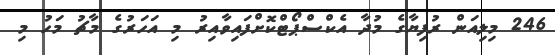
246 މިލިއަން ރުފިޔާގެ މުދާ އެކްސްޕޯޓްކޮށްފައިވާއިރު މި އަހަރުގެ މާޗު މަހު މި